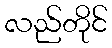
လည်တိုင်